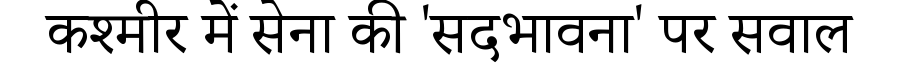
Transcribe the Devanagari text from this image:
कश्मीर में सेना की 'सदभावना' पर सवाल